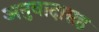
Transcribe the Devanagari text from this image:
अनुवादासह